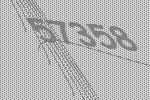
57358